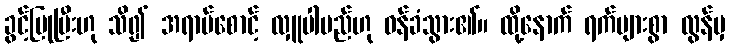
ခွင့်ပြုပြီးဟု သိ၍ အရာမ်စောင့် လှူပါမည်ဟု ဝန်ခံသွား၏။ ထို့နောက် ရက်များစွာ လွန်မှ